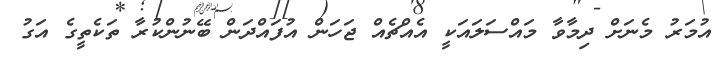
އުމަރު މެނަށް ދިމާވާ މައްސަލައަކީ އެއްޗެއް ޖަހަން އުފައްދަން ބޭނުންކުރާ ތަކެތީގެ އަގު